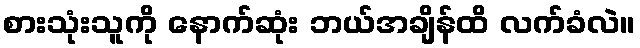
စားသုံးသူကို နောက်ဆုံး ဘယ်အချိန်ထိ လက်ခံလဲ။